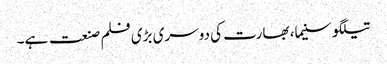
تیلگو سنیما، بھارت کی دوسری بڑی فلم صنعت ہے۔